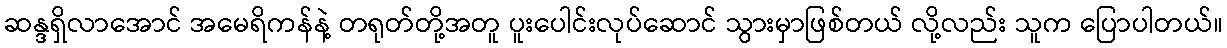
ဆန္ဒရှိလာအောင် အမေရိကန်နဲ့ တရုတ်တို့အတူ ပူးပေါင်းလုပ်ဆောင် သွားမှာဖြစ်တယ် လို့လည်း သူက ပြောပါတယ်။